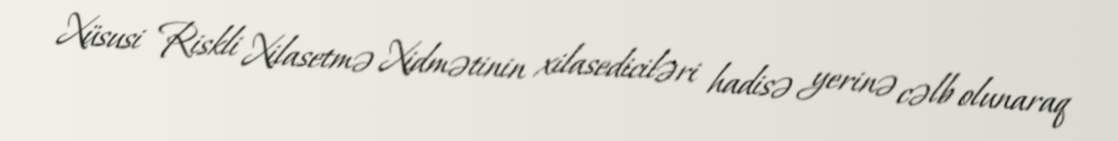
Xüsusi Riskli Xilasetmə Xidmətinin xilasediciləri hadisə yerinə cəlb olunaraq